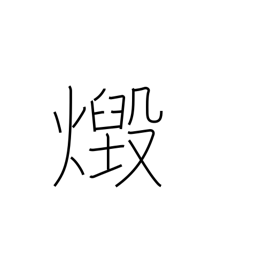
Meaning: blaze